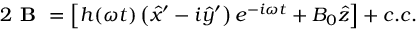
\begin{array} { r } { 2 \textbf { B } = \left[ h ( \omega t ) \left( \hat { x } ^ { \prime } - i \hat { y } ^ { \prime } \right) e ^ { - i \omega t } + B _ { 0 } \hat { z } \right] + c . c . } \end{array}